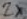
Text: 2x